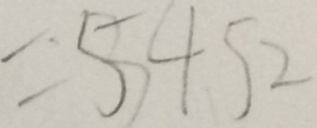
= 5 4 5 2